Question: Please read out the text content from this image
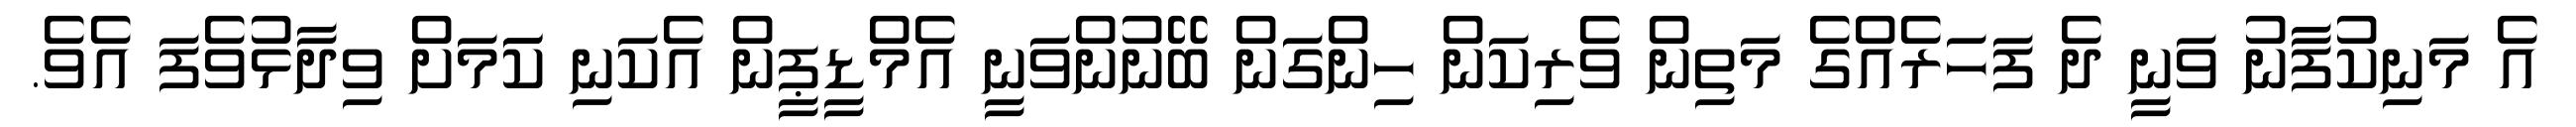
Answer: އެ މަނިކުފާނު ވަނީ ދެ ފަހަރެއްގެ މަތިން ވެރިކަން ހިންގަން ބޭނުންވަނީ އެމްޑީޕީން އެކަނި ކަަމަށް ވިދާޅުވެފަ އެވެ.